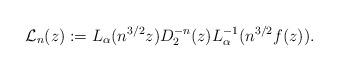
LaTeX: \begin{align*}\mathcal L_n(z) := L_{\alpha}(n^{3/2} z) D_2^{-n}(z) L_{\alpha}^{-1}(n^{3/2} f(z)). \end{align*}